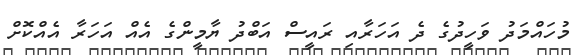
މުހައްމަދު ވަހީދުގެ ދެ އަހަރާއި ރައީސް އަބްދު ޔާމީންގެ އެއް އަހަރާ އެއްކޮށް